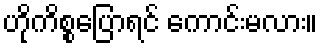
ဟိုကိစ္စပြောရင် ကောင်းမလား။